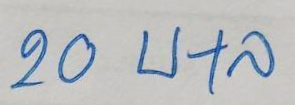
20 บ+ล